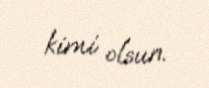
kimi olsun.